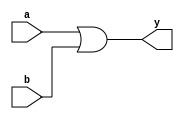
//OR Module
module orgate(a,b,y);
input a,b;
output y;
assign y = a||b;    
endmodule